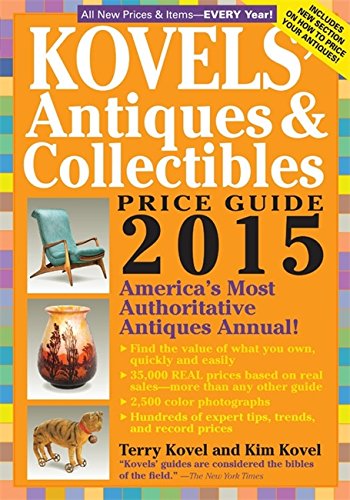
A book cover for Kovels' Antiques and Collectibles Price Guide 2015: America's Most Authoritative Antiques Annual!; Terry Kovel; Humor & Entertainment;